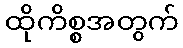
ထိုကိစ္စအတွက်